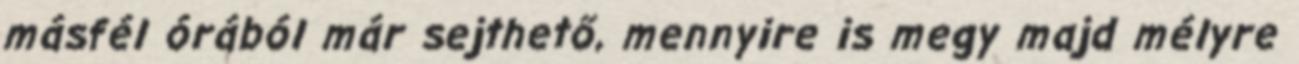
másfél órából már sejthető, mennyire is megy majd mélyre